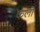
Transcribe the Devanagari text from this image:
कलो